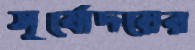
সূর্যোদয়ের